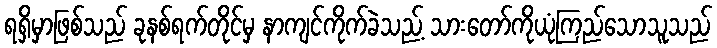
ရရှိမှာဖြစ်သည် ခုနစ်ရက်တိုင်မှ နာကျင်ကိုက်ခဲသည့် သားတော်ကိုယုံကြည်သောသူသည်